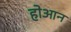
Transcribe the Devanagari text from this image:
होआन